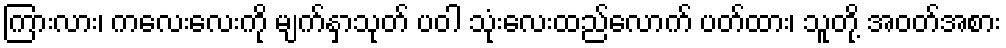
ကြားလား၊ ကလေးလေးကို မျက်နှာသုတ် ပဝါ သုံးလေးထည်လောက် ပတ်ထား၊ သူတို့ အဝတ်အစား